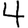
Digit: 4